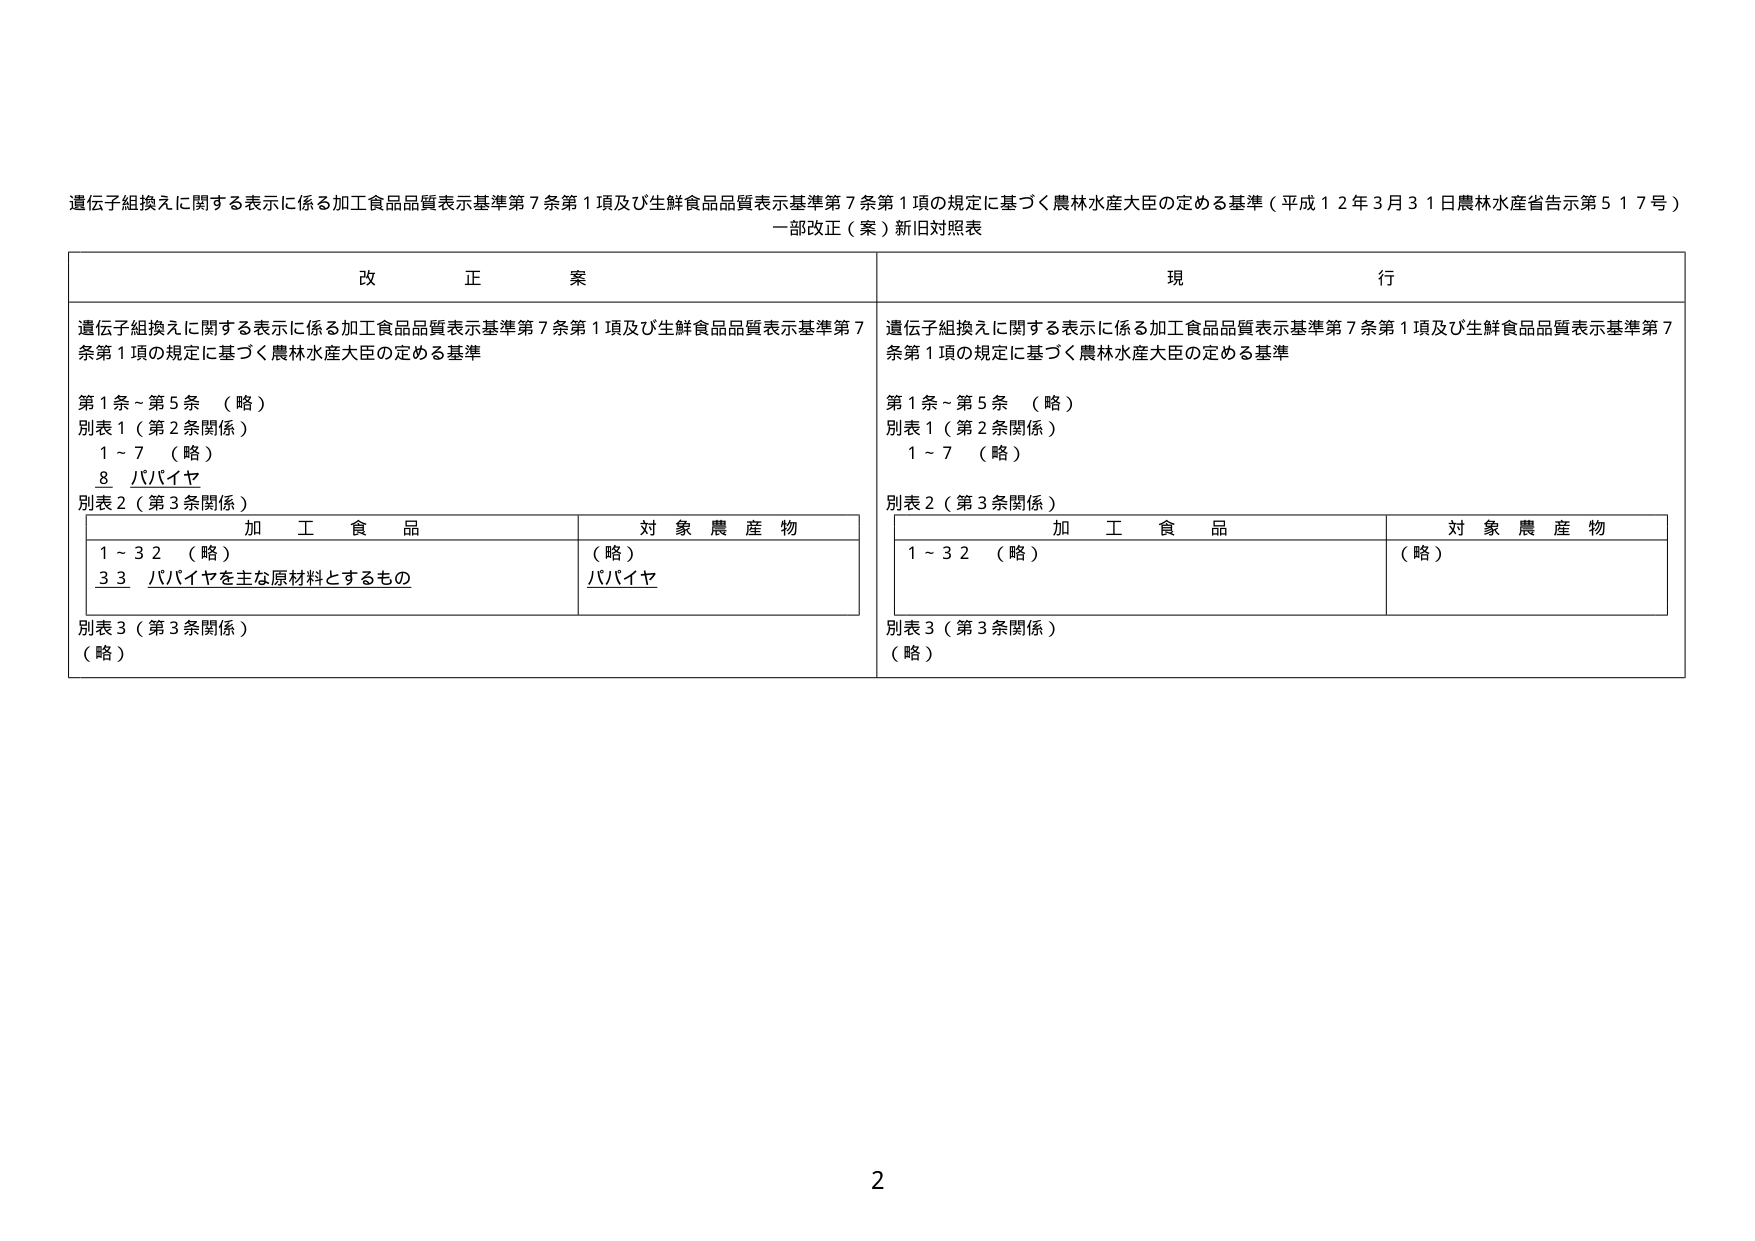
遺伝子組換えに関する表示に係る加工食品品質表示基準第７条第１項及び生鮮食品品質表示基準第７条第１項の規定に基づく農林水産大臣の定める基準（平成１２年３月３１日農林水産省告示第５１７号）
一部改正（案）新旧対照表

改正案
遺伝子組換えに関する表示に係る加工食品品質表示基準第７条第１項及び生鮮食品品質表示基準第７条第１項の規定に基づく農林水産大臣の定める基準
第１条～第５条 （略）
別表１（第２条関係）
　１～７ （略）
　８ バパイヤ
別表２（第３条関係）
　　加工食品　　　　　　　　　対象農産物
　　１～３２ （略）　　　　　　（略）
　　３３ バパイヤを主な原材料とするもの　　　バパイヤ
別表３（第３条関係）
（略）

現行
遺伝子組換えに関する表示に係る加工食品品質表示基準第７条第１項及び生鮮食品品質表示基準第７条第１項の規定に基づく農林水産大臣の定める基準
第１条～第５条 （略）
別表１（第２条関係）
　１～７ （略）
別表２（第３条関係）
　　加工食品　　　　　　　　　対象農産物
　　１～３２ （略）　　　　　　（略）
別表３（第３条関係）
（略）

2